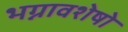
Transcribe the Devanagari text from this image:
भग्नावशेषो